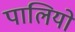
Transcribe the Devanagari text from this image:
पालियो